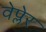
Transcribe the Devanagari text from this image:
वेप्लेर